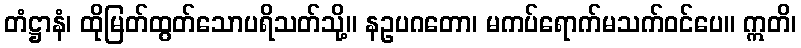
တံဋ္ဌာနံ၊ ထိုမြတ်ထွတ်သောပရိသတ်သို့။ နဥပဂတော၊ မကပ်ရောက်မသက်ဝင်ပေ။ ဣတိ၊